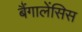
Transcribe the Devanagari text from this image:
बैंगालेंसिस